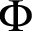
\Phi